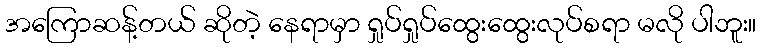
အကြောဆန့်တယ် ဆိုတဲ့ နေရာမှာ ရှုပ်ရှုပ်ထွေးထွေးလုပ်စရာ မလို ပါဘူး။